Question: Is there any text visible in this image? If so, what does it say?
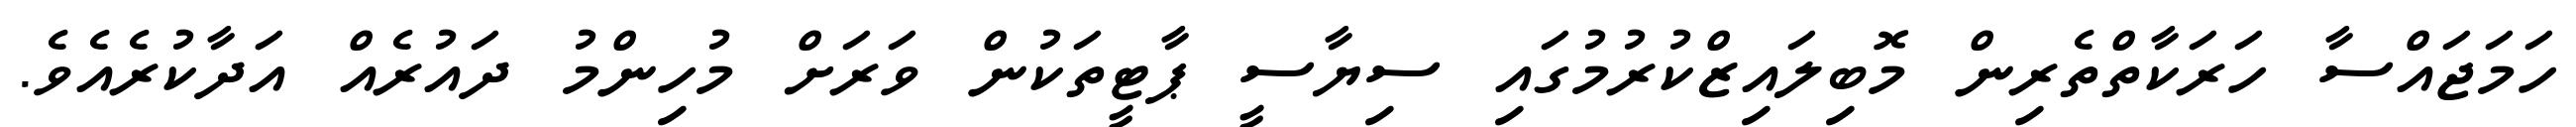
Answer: ހަމަޖައްސާ ހަރަކާތްތެރިން މޮބިލައިޒްކުރުމުގައި ސިޔާސީ ޕާޓީތަކުން ވަރަށް މުހިންމު ދައުރެއް އަދާކުރެއެވެ.